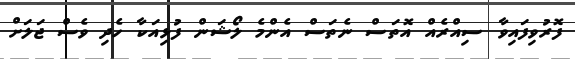
ފޮރުވިފައިވާ ސިއްރެއް އޮތަސް ނެތަސް އެންމެ ލޯޝަން ފުޅިއަކާ ހެދި ވެސް ޖަލަށް